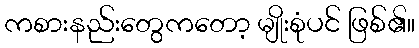
ကစားနည်းတွေကတော့ မျိုးစုံပင် ဖြစ်၏။